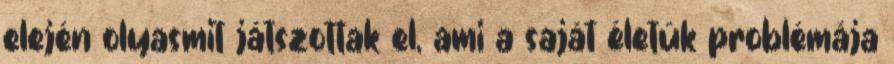
elején olyasmit játszottak el, ami a saját életük problémája